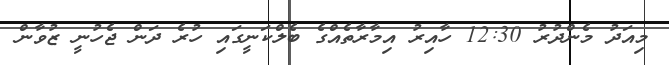
މިއަދު މެންދުރު 12:30 ހާއިރު އިމާރާތެއްގެ ބެލްކަނީގައި ހުރެ ދަން ޖެހުނީ ޒުވާން